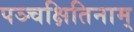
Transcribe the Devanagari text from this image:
पञ्चक्षितिनाम्